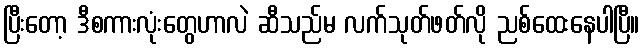
ပြီးတော့ ဒီစကားလုံးတွေဟာလဲ ဆီသည်မ လက်သုတ်ဖတ်လို ညစ်ထေးနေပါပြီ။